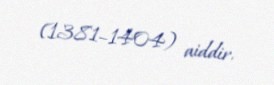
(1381–1404) aiddir.